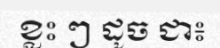
ខ្លះ ៗ ដូច ជា៖